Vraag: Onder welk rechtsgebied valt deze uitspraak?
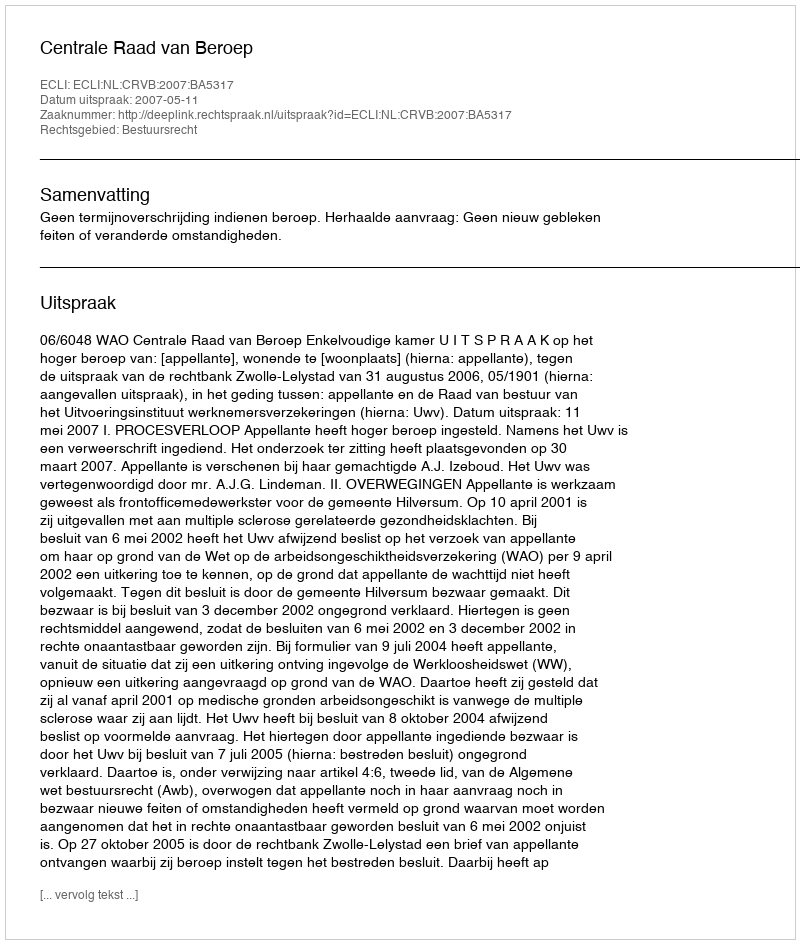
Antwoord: Bestuursrecht